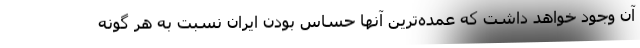
آن وجود خواهد داشت که عمده‌ترین آنها حساس بودن ایران نسبت به هر گونه